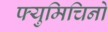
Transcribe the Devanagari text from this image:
फ्युमिचिनो